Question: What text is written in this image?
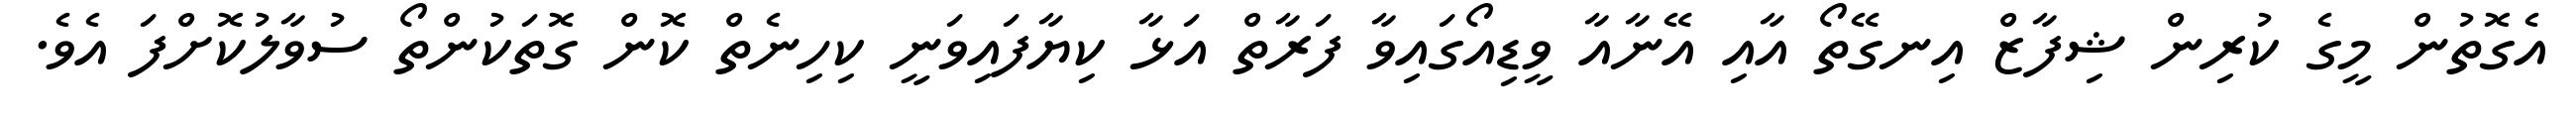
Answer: އެގޮތުން މީގެ ކުރިން ޝިފާޒް އިނގޭތޯ އާއި އޭނާއާ ވީޑިއޯގައިވާ ފަރާތް އަޅާ ކިޔާފައިވަނީ ކިހިނެތް ކޮން ގޮތަކުންތޯ ސުވާލުކޮށްފަ އެވެ.